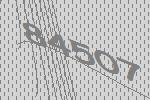
84507